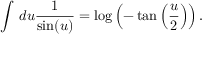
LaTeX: \int \, d u \frac { 1 } { \sin ( u ) } = \log \left( - \tan \left( \frac { u } { 2 } \right) \right) .